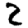
Digit: 2